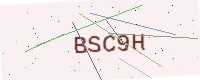
Text: BSC9H